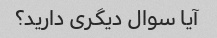
آیا سوال دیگری دارید؟